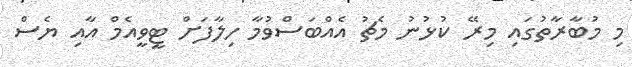
މި މުބާރާތުގައި މިރޭ ކުޅުނު މެޗު އެއްބަސްވުމާ ހިލާފަށް ޓީވީއެމް އާއި ޔެސް